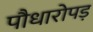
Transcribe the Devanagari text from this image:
पौधारोपड़